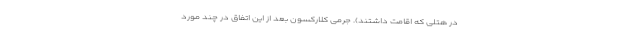
در هتلی که اقامت داشتند). جرمی کلارکسون بعد از این اتفاق در چند مورد